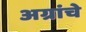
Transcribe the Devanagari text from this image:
अग्रांचे